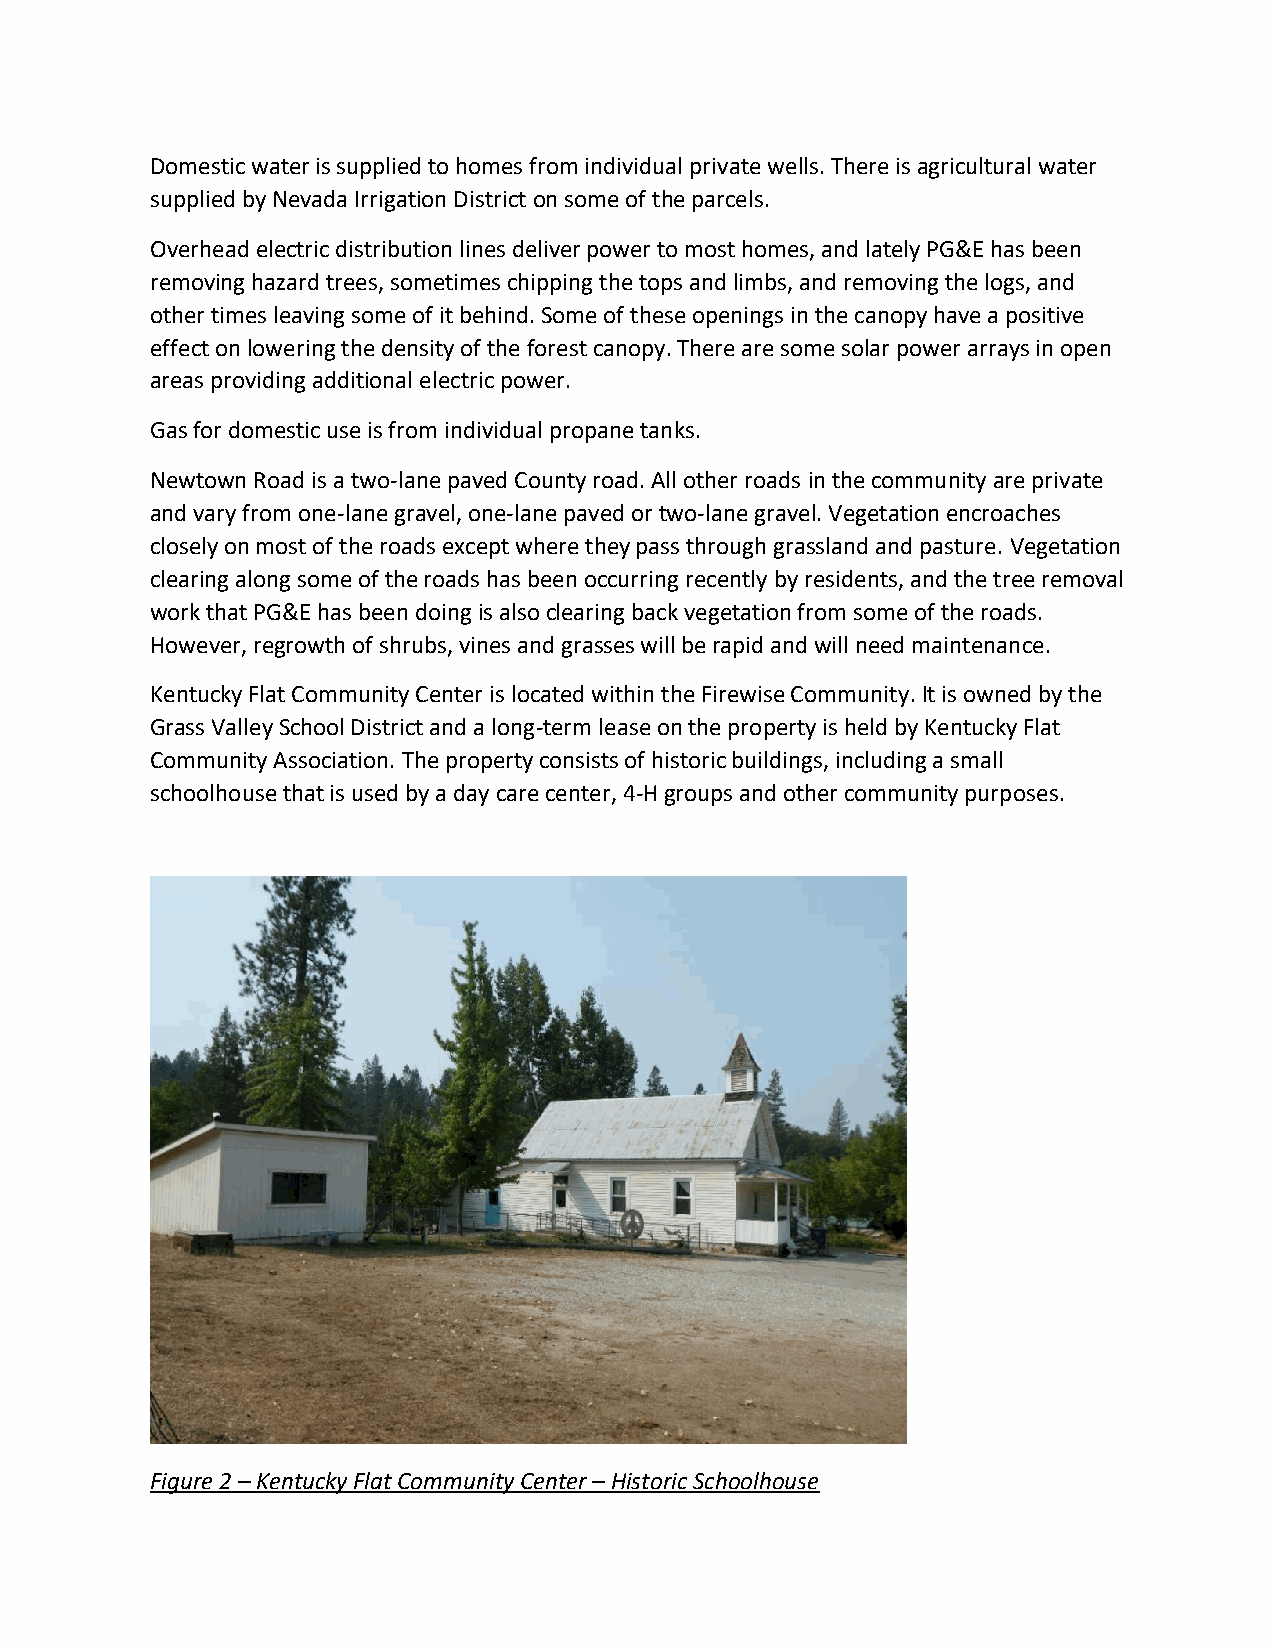
Domestic water is supplied to homes from individual private wells. There is agricultural water
 supplied by Nevada Irrigation District on some of the parcels.
 Overhead electric distribution lines deliver power to most homes, and lately PG&E has been
 removing hazard trees, sometimes chipping the tops and limbs, and removing the logs, and
 other times leaving some of it behind. Some of these openings in the canopy have a positive
 effect on lowering the density of the forest canopy. There are some solar power arrays in open
 areas providing additional electric power.
 Gas for domestic use is from individual propane tanks.
 Newtown Road is a two-lane paved County road. All other roads in the community are private
 and vary from one-lane gravel, one-lane paved or two-lane gravel. Vegetation encroaches
 closely on most of the roads except where they pass through grassland and pasture. Vegetation
 clearing along some of the roads has been occurring recently by residents, and the tree removal
 work that PG&E has been doing is also clearing back vegetation from some of the roads.
 However, regrowth of shrubs, vines and grasses will be rapid and will need maintenance.
 Kentucky Flat Community Center is located within the Firewise Community. It is owned by the
 Grass Valley School District and a long-term lease on the property is held by Kentucky Flat
 Community Association. The property consists of historic buildings, including a small
 schoolhouse that is used by a day care center, 4-H groups and other community purposes.
 Figure 2 – Kentucky Flat Community Center – Historic Schoolhouse